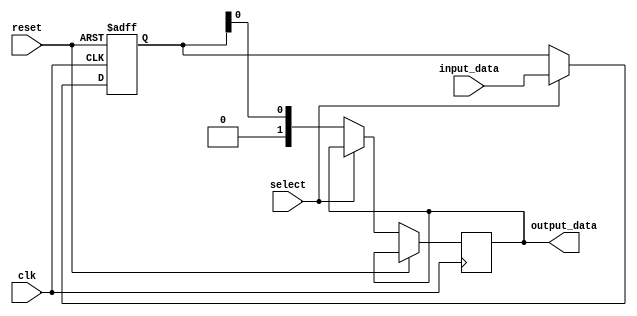
module io_buffer (
    input      wire           clk,
    input      wire           reset,
    input      wire     [num_input_ports-1:0] input_data,
    input      wire            select,
    output reg [num_output_ports-1:0] output_data
);

parameter num_input_ports = 4;
parameter num_output_ports = 2;

reg [num_input_ports-1:0] buffer_storage;

always @(posedge clk or posedge reset) begin
    if (reset) begin
        buffer_storage <= 0;
    end else begin
        if (select) begin // Demultiplex
            buffer_storage <= input_data;
        end else begin // Mux
            output_data <= buffer_storage[0];
        end
    end
end

endmodule